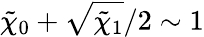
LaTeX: \tilde{\chi}_{0}+\sqrt{\tilde{\chi}_{1}}/2\sim 1